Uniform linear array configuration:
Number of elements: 16
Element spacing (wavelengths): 1
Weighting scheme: exponential
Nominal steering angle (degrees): -60
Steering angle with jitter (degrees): -58.945
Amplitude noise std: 0.05
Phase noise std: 0.05

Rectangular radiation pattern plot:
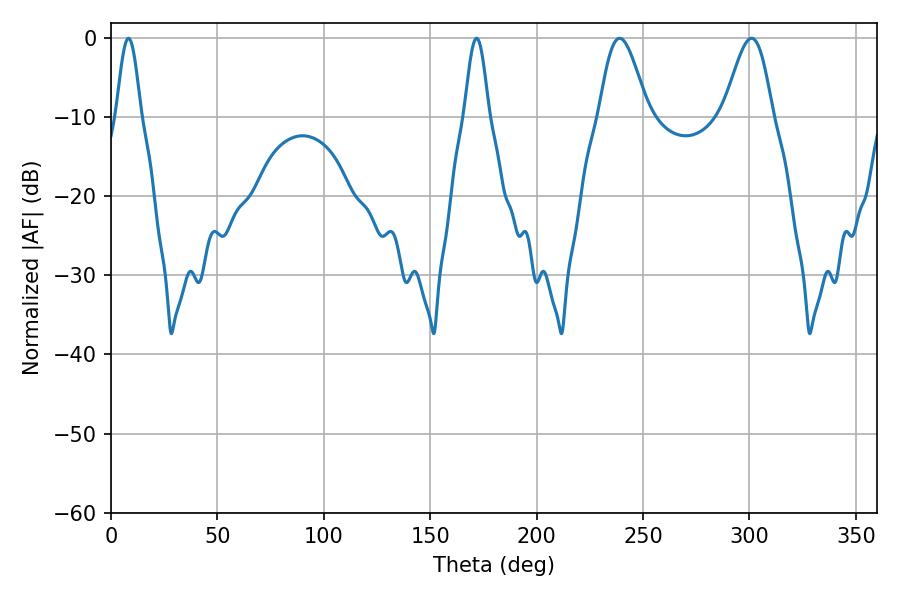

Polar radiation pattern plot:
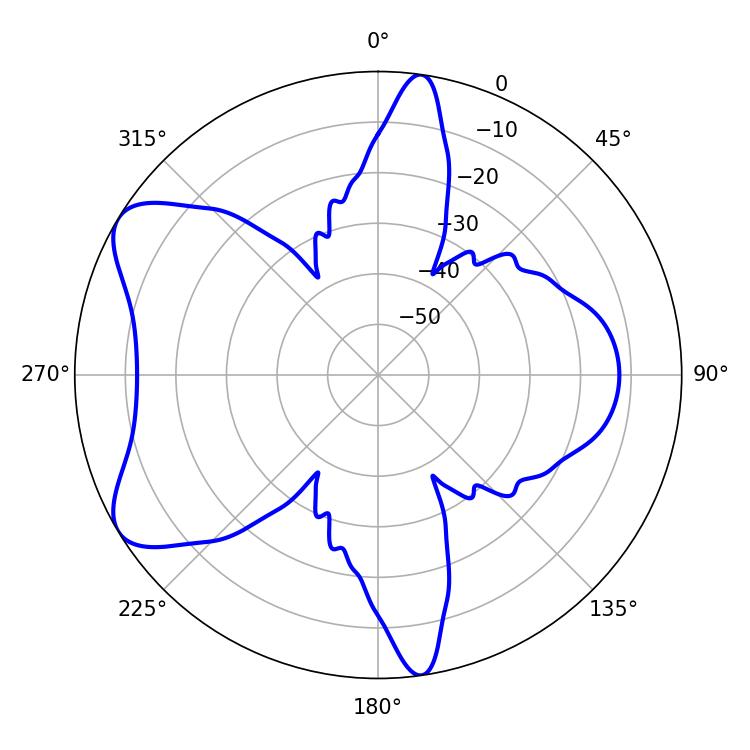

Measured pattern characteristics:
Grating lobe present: TRUE
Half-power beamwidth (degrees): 12.06
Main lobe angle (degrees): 239.04